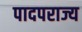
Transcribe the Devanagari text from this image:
पादपराज्य